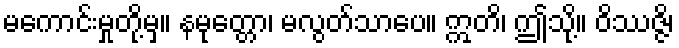
မကောင်းမှုတို့မှ။ နမုတ္တော၊ မလွတ်သာပေ။ ဣတိ၊ ဤသို့။ ဝိဿဇ္ဇိ၊